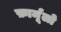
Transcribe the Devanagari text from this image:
फ़ार्मूलो